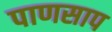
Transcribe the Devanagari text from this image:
पाणसाप